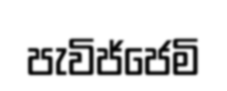
පැවිජ්ජෙමි